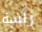
رأسة